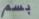
بسم